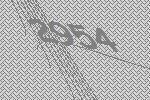
2954